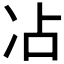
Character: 𫥄